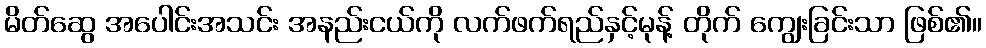
မိတ်ဆွေ အပေါင်းအသင်း အနည်းငယ်ကို လက်ဖက်ရည်နှင့်မုန့် တိုက် ကျွေးခြင်းသာ ဖြစ်၏။